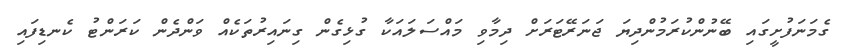
ގެމަނަފުށީގައި ބޭނުންކުރަމުންދިޔަ ޖަނަރޭޓަރަށް ދިމާވި މައްސަލައަކާ ގުޅިގެން ގިނައިރުތަކެއް ވަންދެން ކަރަންޓު ކެނޑިފައި